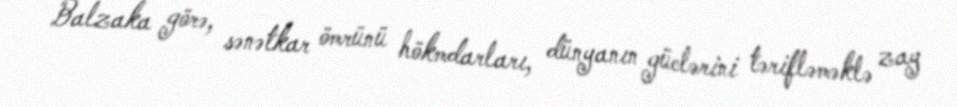
Balzaka görə, sənətkar ömrünü hökmdarları, dünyanın güclərini tərifləməklə zay